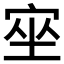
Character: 𡨠